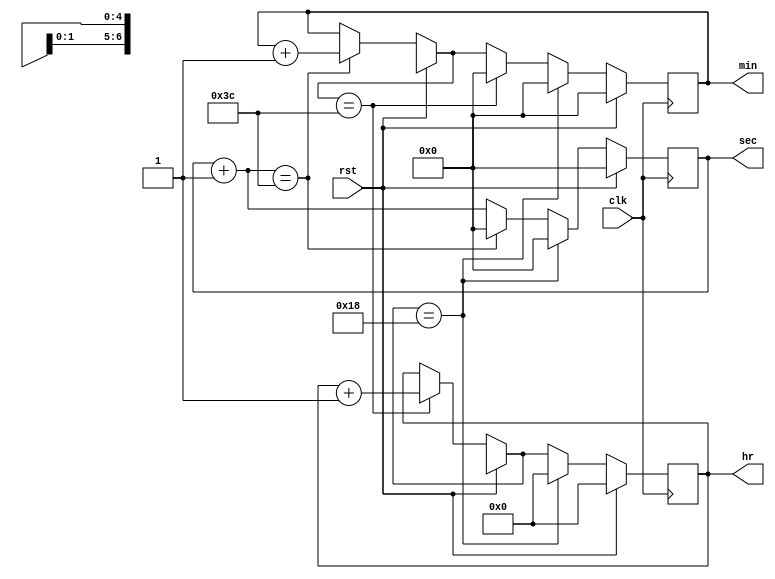
`timescale 1ns / 1ps
//////////////////////////////////////////////////////////////////////////////////
// Module Name:    digital_clock 
// Project Name: Digital Clock
// Tool versions: Xilinx ISE Design Suit 14.7
// Revision 0.01 - File Created
// Additional Comments: 
//////////////////////////////////////////////////////////////////////////////////
module digital_clock(clk,rst,sec,min,hr);
input clk,rst;
output [6:0]sec,min;
output [4:0]hr;
reg [6:0]sec,min;
reg [4:0]hr;
always @(posedge clk)
begin
if(rst==1)
begin
	sec=0;
	min=0;
	hr=0;
end
else
begin
	sec=sec+1;
		if(sec==60)
		begin
		min=min+1;
		sec=0;
		end
			if(min==60)
			begin
			hr=hr+1;
			min=0;
			end
				if(hr==24)
				begin
				hr=0;
				min=0;
				sec=0;
				end
end	
end
endmodule